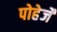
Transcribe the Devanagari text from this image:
पोहेर्जे